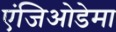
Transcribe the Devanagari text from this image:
एंजिओडेमा